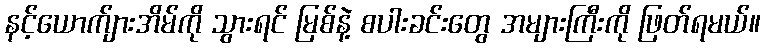
နင့်ယောက်ျားအိမ်ကို သွားရင် မြစ်နဲ့ စပါးခင်းတွေ အများကြီးကို ဖြတ်ရမယ်။